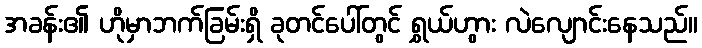
အခန်း၏ ဟိုမှာဘက်ခြမ်းရှိ ခုတင်ပေါ်တွင် ရွှယ်ဟွား လဲလျောင်းနေသည်။